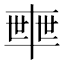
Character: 𠦴